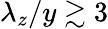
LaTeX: \lambda_{z}/y\gtrsim 3